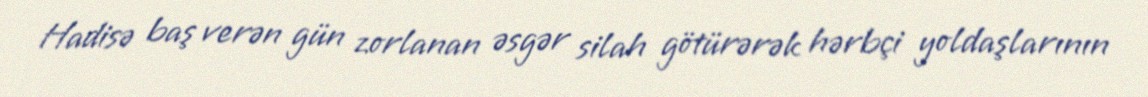
Hadisə baş verən gün zorlanan əsgər silah götürərək hərbçi yoldaşlarının